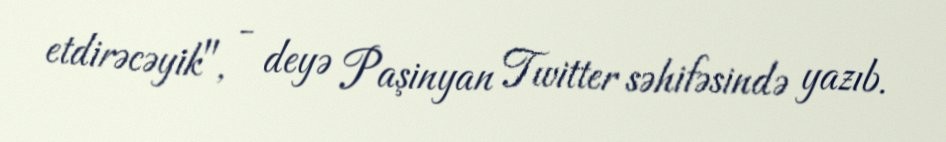
etdirəcəyik", - deyə Paşinyan Twitter səhifəsində yazıb.